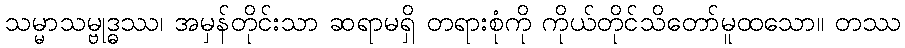
သမ္မာသမ္ဗုဒ္ဓဿ၊ အမှန်တိုင်းသာ ဆရာမရှိ တရားစုံကို ကိုယ်တိုင်သိတော်မူထသော။ တဿ